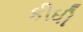
કીધી